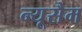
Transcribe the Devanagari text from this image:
न्यूसैम